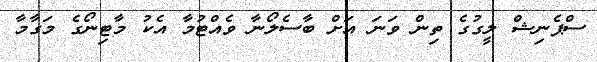
ސްޕެނިޝް ލީގުގެ ތިން ވަނަ އަށް ބާސެލޯނާ ވެއްޓުމާ އެކު މާޓިނޯގެ މަގާމާ